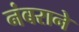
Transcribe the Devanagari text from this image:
नंबराने